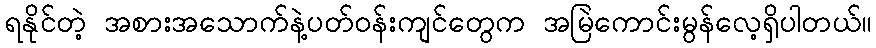
ရနိုင်တဲ့ အစားအသောက်နဲ့ပတ်ဝန်းကျင်တွေက အမြဲကောင်းမွန်လေ့ရှိပါတယ်။